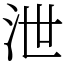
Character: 泄